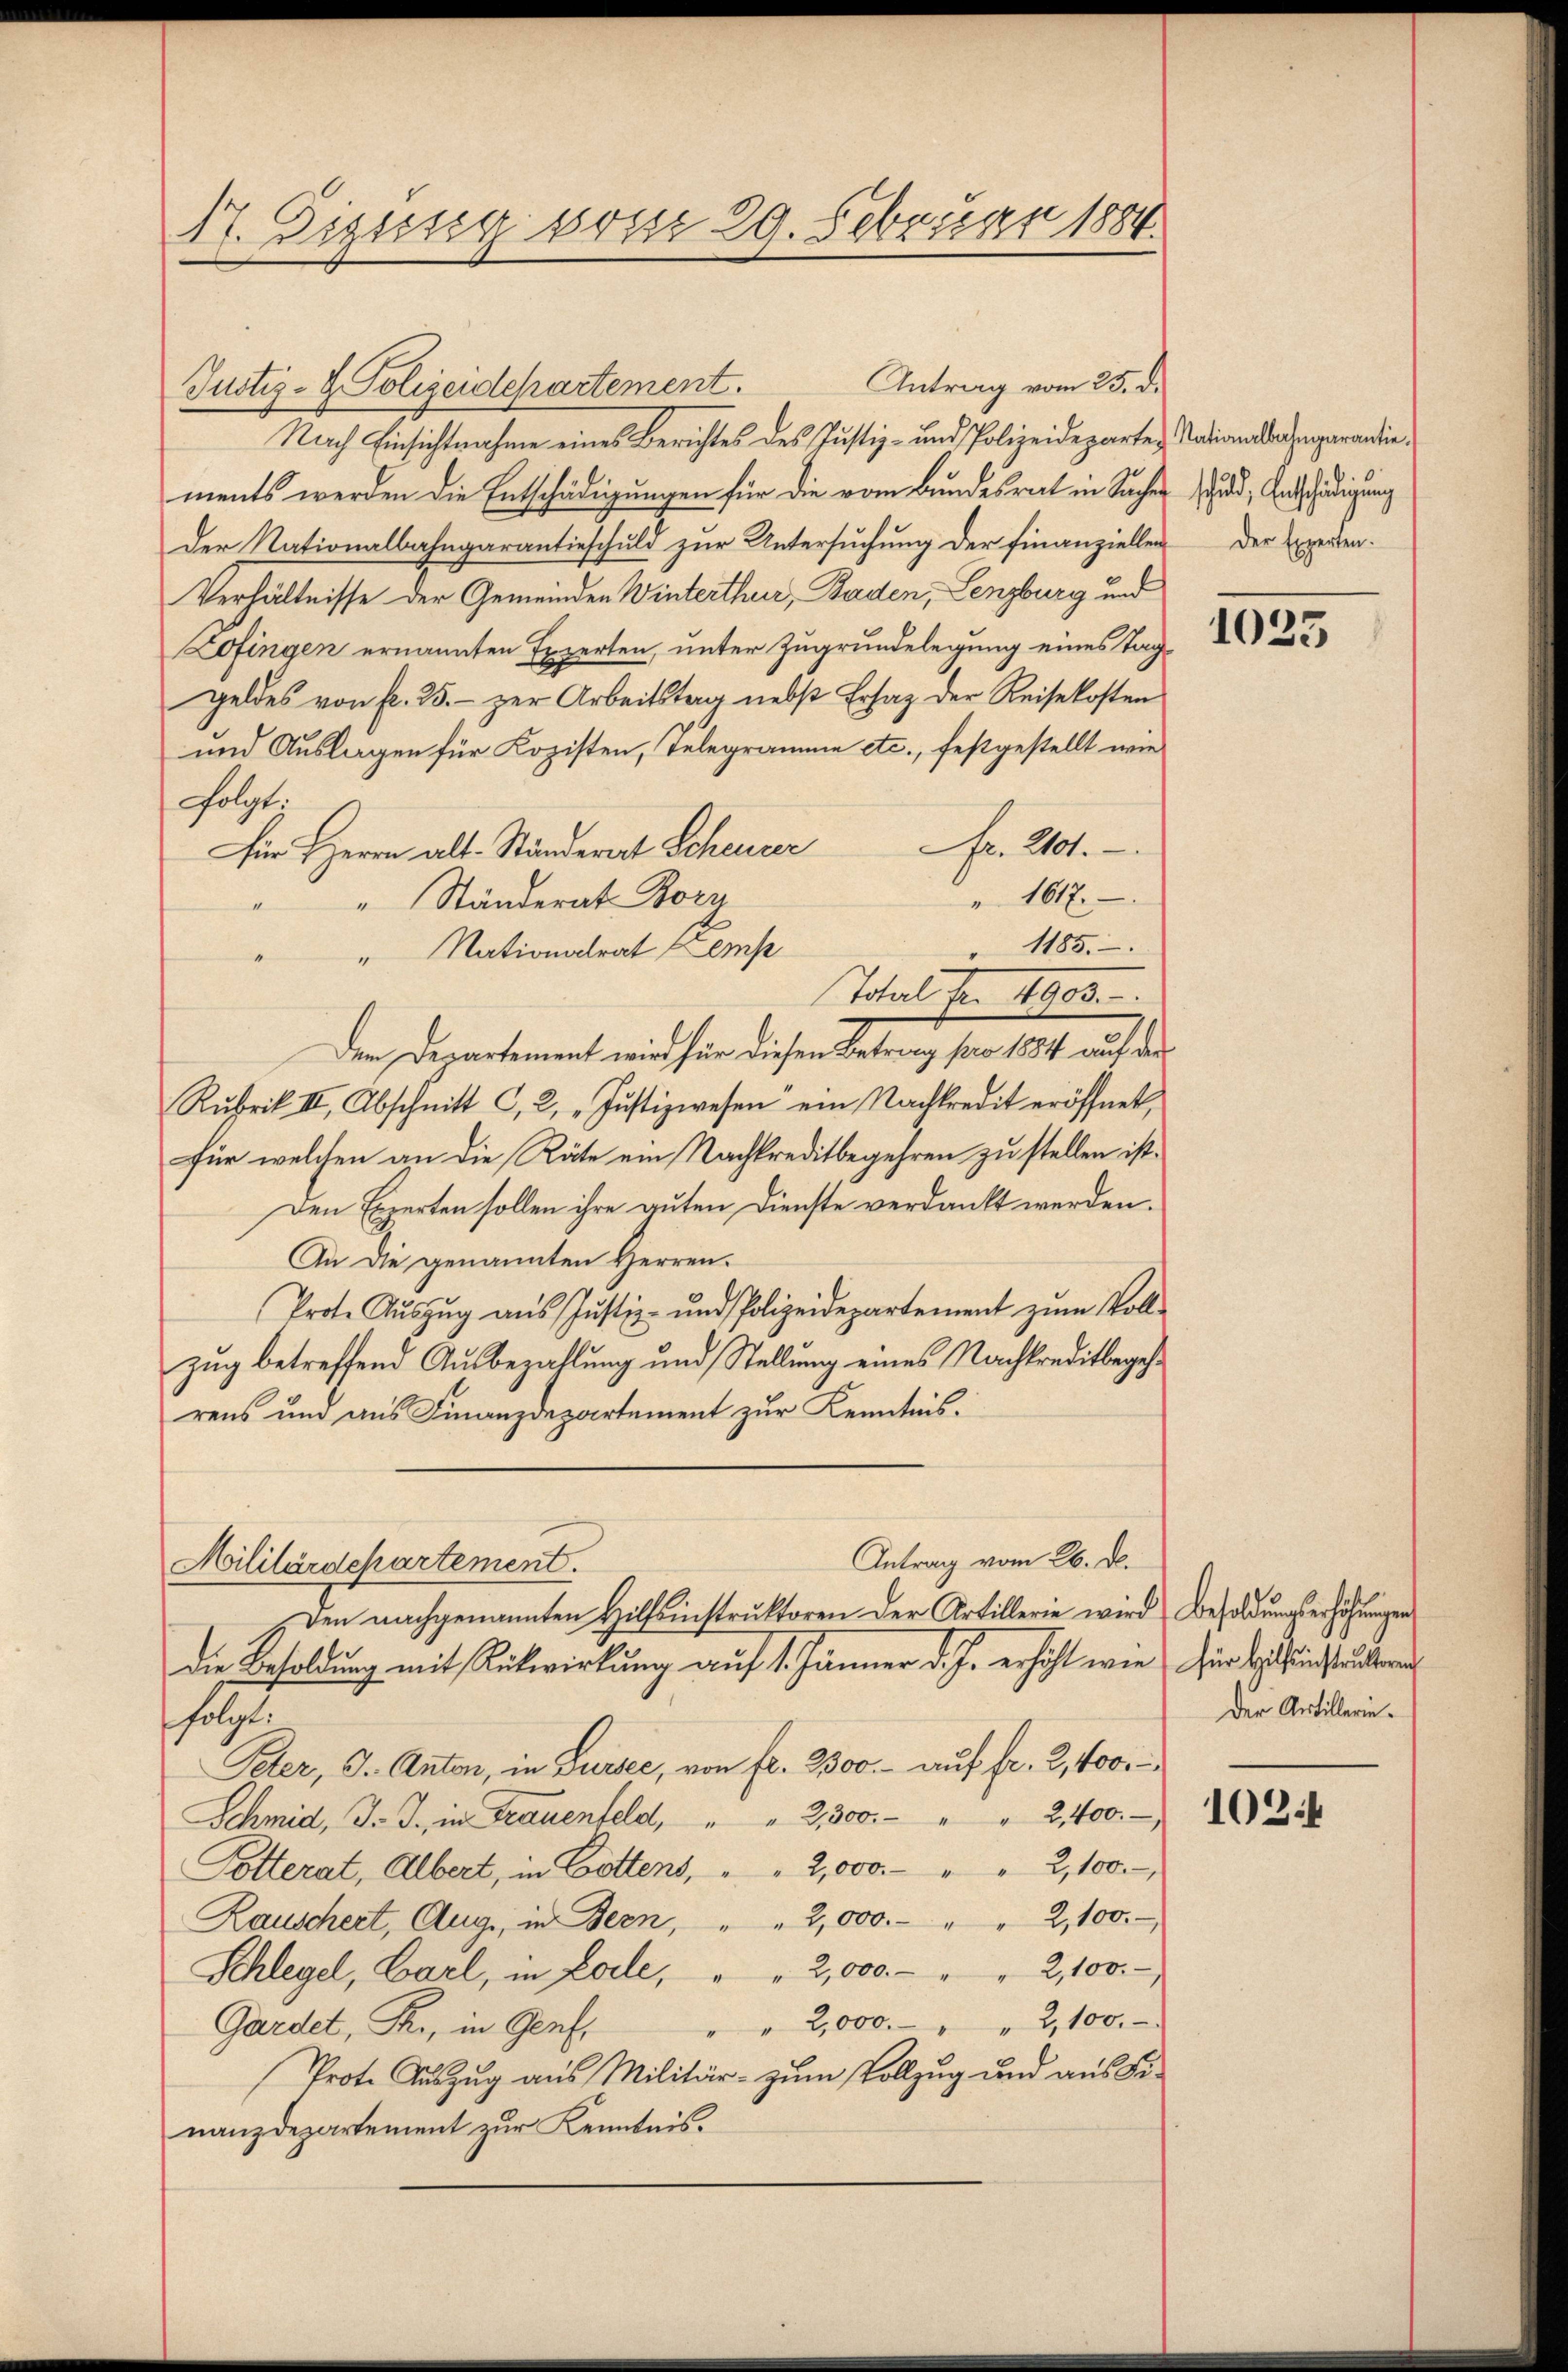
St. Giseisig vom 29. Februar 1884.

Nach Einsichtnahme eines Berichtes des Justiz- und Polizeideparten Nationsdarsegarantiements werden die Entschädigungen für die vom Bundesrat in Sacher und, Entschädigung
der Nationalbahngarantieschuld zur Untersuchung der Finanziellen der Experten.
Verhältnisse der Gemeinden Winterthur, Baden, Lenzburg und
Lofingen ernannten Experten, unter Zugrundelegung eines Taggeldes von fr. 25. - zur Arbeitstag nebst Ersatz der Reisekosten
und Auslagen für Kozisten, Telegramme etc., festgestellt wie
folgt.
Fr. 2101.
Für Herrn Alt-Ständerat Scheurer
1617.
" Ständerat Born
" 1185.
" Nationalrat temp
Total der 1803.
den Departement mit her diesen Seiten, son 1800 auf das
Rubrik II, Abschnitt C. 2, „Jŭstizwesen ein Nachkredit eröffnet,
für welchen an die Räte ein Nachkreditbegehren zu stellen ist.
Den Experten sollen ihre guten Dienste verdankt werden.
An die genannten Herren.
Prote Aŭszŭg aŭs Justiz- und Polizeidepartement zum Voll-
zug betreffend Ausbezahlung und Stellung eines Nachkreditbegehrens und aus Finanzdepartement zur Kenntnis.

Justiz- & Polizeidepartement. Antrag vom 25. d.

Antrag vom 26. d.
Militärdepartement.

Den nachgenannten Hilfsinstruktoren der Artillerie wird Besoldungserhöhungen
die Besoldung mit Rückwirkung auf 1. Jänner d. J. erhöht wie für bescheinstanderen
197.
Peter, J. Anton, in Sursee, von fl. 2300.- auf fr. 2, 400
Schmid, J. J. in Frauenfeld, " " 2,500. - " " 2400.
Potterat, Albert, in Gottens, " " 2,000.- " " 2,100.
Rauschert, Aug, in Bern, " " 2,000.- " " 2,100.
2,100.
Schlegel, Carl, in Lode, " " 2,000.-
" " 2,000. " " 2,100.
Gardet, R., in Genf,
Prote Auszug aus Militär- zum Vollzug und aus Finanzdepartement zur Kenntnis.

1025

Der Artillerin¬

1024